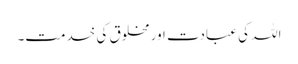
اللہ کی عبادت اور مخلوق کی خدمت۔